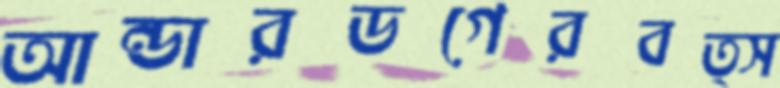
আন্ডারডগেরবত্স